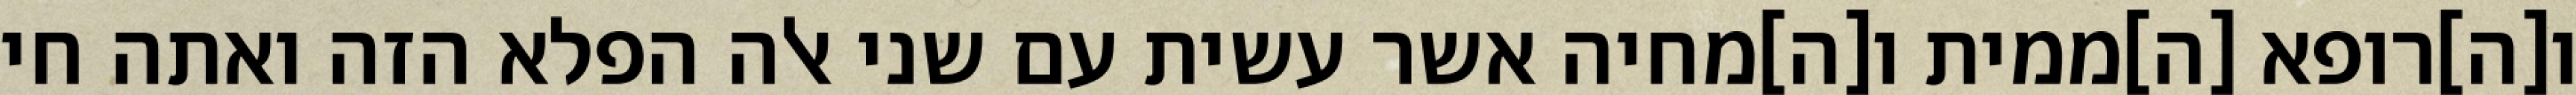
ו[ה]רופא [ה]ממית ו[ה]מחיה אשר עשית עם שני אלה הפלא הזה ואתה חי